Vital statistics of India. Vol. IV, Annual returns from 1871 to 1876. British Army of India, Native Army and jails of Bengal
Year: 1871
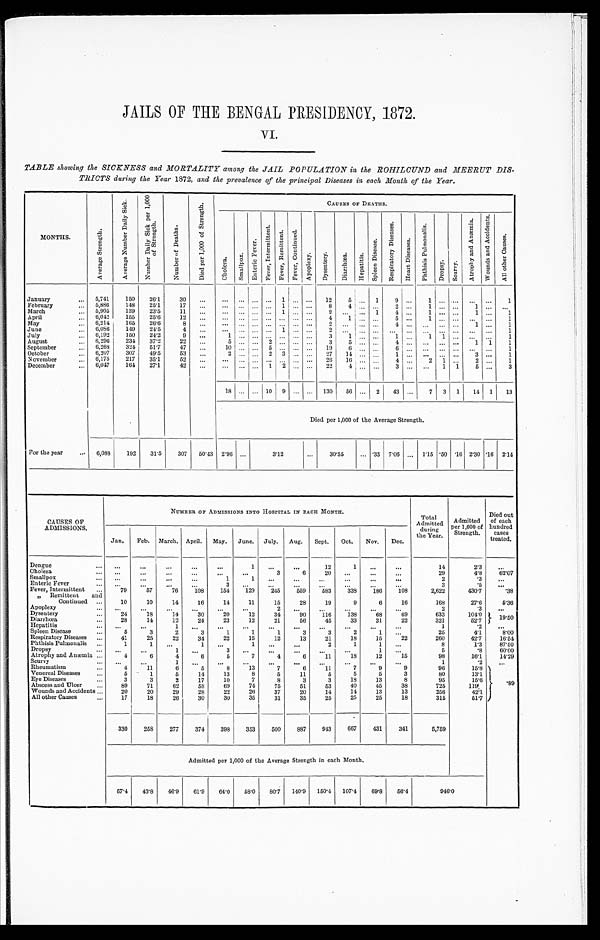
JAILS OF THE BENGAL PRESIDENCY, 1872.
VI.
TABLE showing the SICKNESS and MORTALITY among the JAIL POPULATION in the ROHILCUND and MEERUT DIS
-
TRICTS during the Year 1872, and the prevalence of the principal Diseases in each Month of the Year.
MONTHS.
A v e r a g e S t r e n g t h .
A v e r a g e N u m b e r D a i l y S i c k .
N u m b e r D a i l y S i c k p e r 1 , 0 0 0 o f S t r e n g t h .
N u m b e r o f D e a t h s .
D i e d p e r 1 , 0 0 0 o f S t r e n g t h .
CAUSES OF DEATHS.
C h o l e r a .
S m a l l p o x .
E n t e r i c F e v e r .
F e v e r , I n t e r m i t t e n t . F e v e r , R e m i t t e n t .
F e v e r , C o n t i n u e d .
A p o p l e x y . D y s e n t e r y .
D i a r r h œ a .
He p a t i t i s .
S p l e e n D i s e a s e .
R e s p i r a t o r y D i s e a s e s .
H e a r t D i s e a s e s .
P h t h i s i s P u l m o n a l i s .
D r o p s y .
S c u r v y .
A t r o p h y a n d A n æ m i a .
W o u n d s a n d A c c i d e n t s .
A l l o t h e r C a u s e s .
January . . .
5,741
150
26.1
30
. . .
. . .
. . . . . . . . . 1
. . . . . .
1 2
5 . . . 1
9
. . .
1
. . .
. . .
. . .
. . .
1
February . . .
5,886
148
25.1
17
. . .
. . .
. . .
. . . . . . 1
. . . . . . 8
4 . . . . . .
2 . . .
1
. . .
. . .
1 . . .
. . .
March . . .
5,905
139
23.5
11
. . .
. . .
. . .
. . . . . . 1
. . . . . .
2
. . .
. . . 1
4 . . .
1
. . .
. . .
1 . . .
1
April . . .
6,042
155
25.6
12
. . .
. . .
. . .
. . . . . .
. . .
. . .
. . .
4
1 . . . . . .
5 . . .
1
. . .
. . .
. . .
. . .
1
May . . .
6,214
165
26.6
8
. . .
. . .
. . . . . . . . .
. . .
. . . . . .
2
. . .
. . . . . .
4 . . .
. . .
. . . . . .
1 . . . 1
June . . .
6,086
149
24.5
4
. . .
. . .
. . .
. . . . . . 1
. . . . . .
2
. . .
. . . . . .
. . .
. . .
. . .
. . .
. . .
. . .
. . .
1
July . . .
6,192
150
24.2
9
. . .
1
. . . . . . . . .
. . .
. . . . . .
3
1 . . . . . .
1 . . .
1
1 . . . . . . . . .
1
August . . .
6,296
234
37.2
22
. . . 5
. . . . . . 2
. . .
. . . . . .
3
5 . . . . . .
4 . . .
. . .
. . .
. . .
1 1
1
September . . .
6,268
324
51.7
47
. . .
10
. . .
. . . 5
. . . . . .
. . . 19
6 . . . . . .
6 . . .
. . .
. . .
. . .
. . .
. . .
1
October . . .
6,207
307
49.5
53
. . . 2
. . . . . . 2
3
. . .
. . .
2 7
14
. . . . . .
1 . . .
. . .
. . .
. . .
3 . . .
1
November . . .
6 175
217
35.1
52
. . .
. . .
. . .
. . . . . .
. . .
. . .
. . . 26
16 . . . . . .
4 . . .
2
1
. . .
2 . . .
1
December . . .
6 047
164
27.1
42
. . .
. . .
. . .
. . . 1 2
. . .
. . . 22
4 . . . . . .
3 . . .
. . .
1 1
5 . . .
3
18
. . .
. . . 10 9
. . .
. . . 130
56 . . . 2
43 . . .
7 3 1 14
1
13
Died per 1,000 of the Average Strength.
For the year . . .
6,088
192
31.5
307
50.43 2.96
. . .
3.12
. . .
30.55
. . . .33 7.06
. . . 1.15 .50 .16 2.30 .16 2.14
CAUSES OF
ADMISSIONS .
NUMBER OF ADMISSIONS INTO HOSPITAL IN EACH MONTH.
Total
Admitted
during
the Year
Admitted
per 1,000 of
Strength.
Died out
of each
hundred
cases
treated.
Jan.
Feb. March. April. May. June. July. Aug.
Sept.
Oct.
Nov.
Dec.
Dengue . . .
. . .
. . .
. . .
. . .
. . .
1
. . .
. . .
1 2
1
. . .
. . .
14
2.3
. . .
Cholera . . .
. . .
. . .
. . .
. . .
. . .
. . .
3
6
20
. . .
. . .
. . .
29
4.8
6 2 . 0 7
Smallpox . . .
. . .
. . .
. . .
. . .
1
1
. . .
. . .
. . .
. . .
. . .
. . .
2
.3
. . .
Enteric Fever . . .
. . .
. . .
. . .
. . .
3
. . .
. . .
. . .
. . .
. . .
. . .
. . .
3
. 5
. . .
Fever, Intermittent . . .
79
57
76
108
154
129
245
559
583
338
186
108
2,622
430.7
.38
" Remittent and
Continued . . .
10
10
14
16
14
11
15
28
19
9
6
16
168
27.6
5.36
Apoplexy . . .
. . .
. . .
. . .
. . .
. . .
. . .
2
. . .
. . .
. . .
. . .
. . .
2
.3
. . .
Dysentery . . .
24
18
14
30
20
12
34
90
116
138
68
69
633
104.0
19.50
Diarrhœa . . .
28
14
12
24
23
12
21
56
45
33
31
22
321
52.7
Hepatitis . . .
. . .
. . .
1
. . .
. . .
. . .
. . .
. . .
. . .
. . .
. . .
. . .
1
.2
. . .
Spleen Disease . . .
5
3
2
3
1
1
1
3
3
2
1
. . .
25
4.1
8.00
Respiratory Diseases . . .
41
25
22
34
22
15
12
13
21
18
15
22
260
42.7
16.54
Phthisis Pulmonalis . . .
1
1
. . .
1
. . .
1
. . .
. . .
2
1
1
. . .
8
1.3
87.50
D ro p sy . . .
. . .
. . .
1
. . .
3
. . .
. . .
. . .
. . .
. . .
1
. . .
5
.8
60.00
Atrophy and Anæmia . . .
4
6
4
6
5
7
4
6
11
18
12
15
98
16.1
14.29
Scu rv y . . .
. . .
. . .
1
. . .
. . .
. . .
. . .
. . .
. . .
. . .
. . .
. . .
1
.2
. . .
Rheumatism . . .
4
11
6
5
8
13
7
6
11
7
9
9
96
15.8 . 8 9
Venereal Di seases . . .
5
1
5
14
13
8
5
11
5
5
5
3
80
13.1
Eye Diseases . . .
3
3
2
17
10
7
8
3
3
18
13
8
95
15.6
Abscess and Ulcer . . .
89
71
62
58
69
74
75
51
53
40
45
38
725
119
Wounds and Accidents . . .
20
20
29
28
22
26
37
20
14
14
13
13
256
42.1
All other Causes . . .
17
18
26
30
30
35
31
35
25
25
25
18
315
51.7
330
258
277
374
398
353
500
887
943
667
431
341
5,759
Admitted per 1,000 of the Average Strength in each Month.
57.4
43.8
46.9
61.9
64.0
58.0
80.7 140.9
150.4 107.4
69.8
56.4
9 4 6 . 0